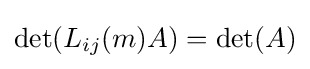
\det(L_{ij}(m)A)=\det(A)